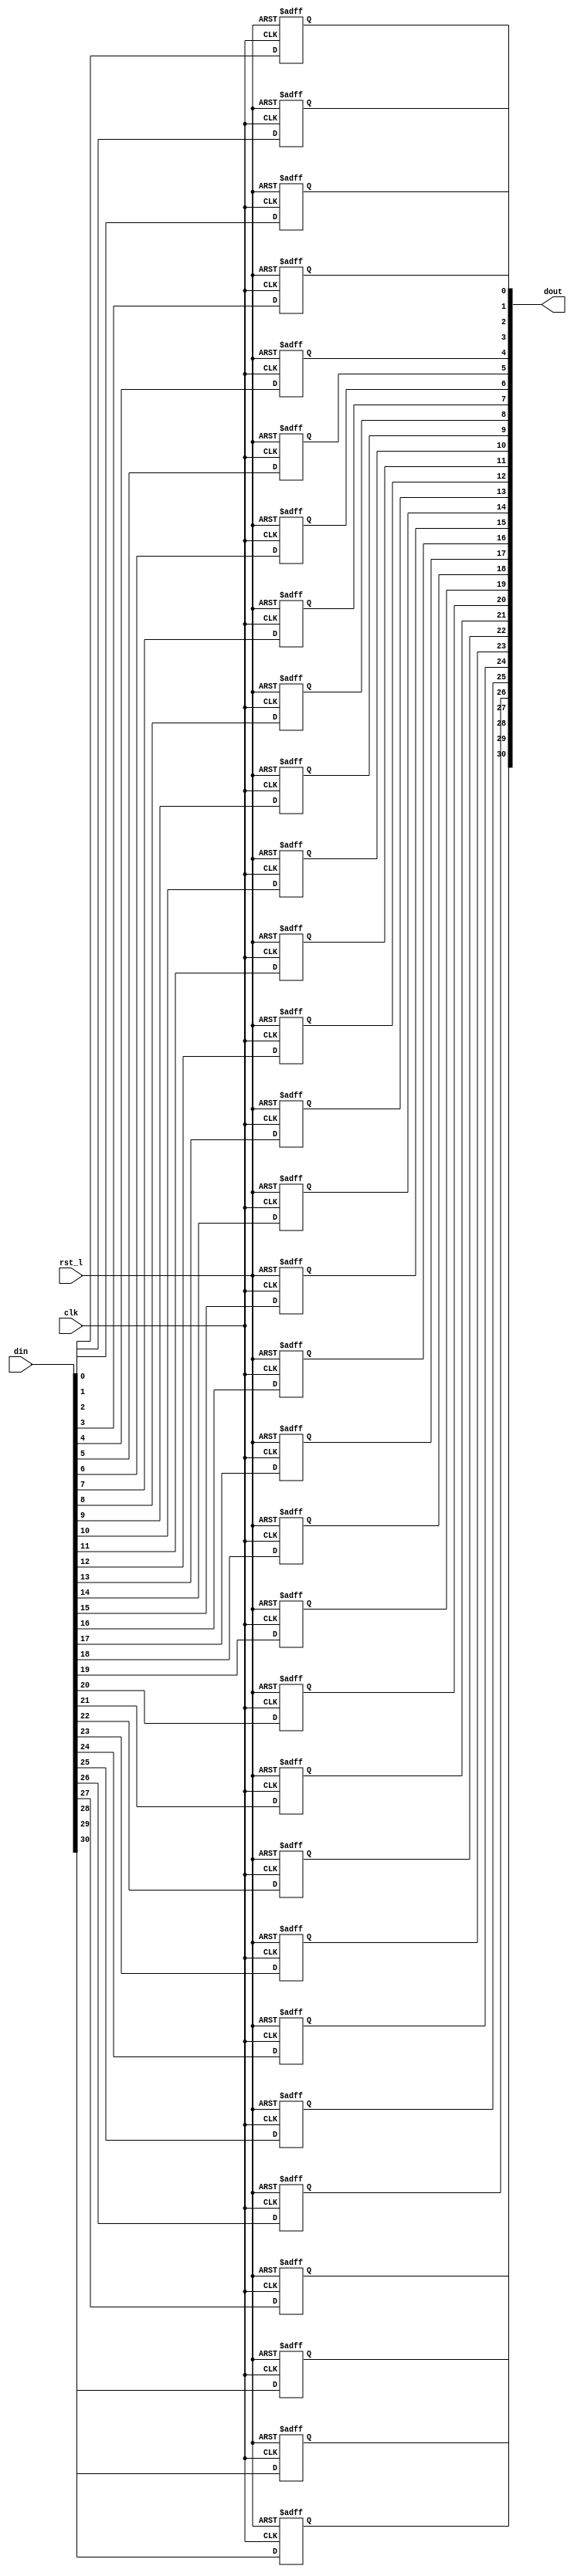
module rvdff_WIDTH31
(
  din,
  clk,
  rst_l,
  dout
);

  input [30:0] din;
  output [30:0] dout;
  input clk;
  input rst_l;
  wire N0;
  reg [30:0] dout;

  always @(posedge clk or posedge N0) begin
    if(N0) begin
      dout[30] <= 1'b0;
    end else if(1'b1) begin
      dout[30] <= din[30];
    end
  end


  always @(posedge clk or posedge N0) begin
    if(N0) begin
      dout[29] <= 1'b0;
    end else if(1'b1) begin
      dout[29] <= din[29];
    end
  end


  always @(posedge clk or posedge N0) begin
    if(N0) begin
      dout[28] <= 1'b0;
    end else if(1'b1) begin
      dout[28] <= din[28];
    end
  end


  always @(posedge clk or posedge N0) begin
    if(N0) begin
      dout[27] <= 1'b0;
    end else if(1'b1) begin
      dout[27] <= din[27];
    end
  end


  always @(posedge clk or posedge N0) begin
    if(N0) begin
      dout[26] <= 1'b0;
    end else if(1'b1) begin
      dout[26] <= din[26];
    end
  end


  always @(posedge clk or posedge N0) begin
    if(N0) begin
      dout[25] <= 1'b0;
    end else if(1'b1) begin
      dout[25] <= din[25];
    end
  end


  always @(posedge clk or posedge N0) begin
    if(N0) begin
      dout[24] <= 1'b0;
    end else if(1'b1) begin
      dout[24] <= din[24];
    end
  end


  always @(posedge clk or posedge N0) begin
    if(N0) begin
      dout[23] <= 1'b0;
    end else if(1'b1) begin
      dout[23] <= din[23];
    end
  end


  always @(posedge clk or posedge N0) begin
    if(N0) begin
      dout[22] <= 1'b0;
    end else if(1'b1) begin
      dout[22] <= din[22];
    end
  end


  always @(posedge clk or posedge N0) begin
    if(N0) begin
      dout[21] <= 1'b0;
    end else if(1'b1) begin
      dout[21] <= din[21];
    end
  end


  always @(posedge clk or posedge N0) begin
    if(N0) begin
      dout[20] <= 1'b0;
    end else if(1'b1) begin
      dout[20] <= din[20];
    end
  end


  always @(posedge clk or posedge N0) begin
    if(N0) begin
      dout[19] <= 1'b0;
    end else if(1'b1) begin
      dout[19] <= din[19];
    end
  end


  always @(posedge clk or posedge N0) begin
    if(N0) begin
      dout[18] <= 1'b0;
    end else if(1'b1) begin
      dout[18] <= din[18];
    end
  end


  always @(posedge clk or posedge N0) begin
    if(N0) begin
      dout[17] <= 1'b0;
    end else if(1'b1) begin
      dout[17] <= din[17];
    end
  end


  always @(posedge clk or posedge N0) begin
    if(N0) begin
      dout[16] <= 1'b0;
    end else if(1'b1) begin
      dout[16] <= din[16];
    end
  end


  always @(posedge clk or posedge N0) begin
    if(N0) begin
      dout[15] <= 1'b0;
    end else if(1'b1) begin
      dout[15] <= din[15];
    end
  end


  always @(posedge clk or posedge N0) begin
    if(N0) begin
      dout[14] <= 1'b0;
    end else if(1'b1) begin
      dout[14] <= din[14];
    end
  end


  always @(posedge clk or posedge N0) begin
    if(N0) begin
      dout[13] <= 1'b0;
    end else if(1'b1) begin
      dout[13] <= din[13];
    end
  end


  always @(posedge clk or posedge N0) begin
    if(N0) begin
      dout[12] <= 1'b0;
    end else if(1'b1) begin
      dout[12] <= din[12];
    end
  end


  always @(posedge clk or posedge N0) begin
    if(N0) begin
      dout[11] <= 1'b0;
    end else if(1'b1) begin
      dout[11] <= din[11];
    end
  end


  always @(posedge clk or posedge N0) begin
    if(N0) begin
      dout[10] <= 1'b0;
    end else if(1'b1) begin
      dout[10] <= din[10];
    end
  end


  always @(posedge clk or posedge N0) begin
    if(N0) begin
      dout[9] <= 1'b0;
    end else if(1'b1) begin
      dout[9] <= din[9];
    end
  end


  always @(posedge clk or posedge N0) begin
    if(N0) begin
      dout[8] <= 1'b0;
    end else if(1'b1) begin
      dout[8] <= din[8];
    end
  end


  always @(posedge clk or posedge N0) begin
    if(N0) begin
      dout[7] <= 1'b0;
    end else if(1'b1) begin
      dout[7] <= din[7];
    end
  end


  always @(posedge clk or posedge N0) begin
    if(N0) begin
      dout[6] <= 1'b0;
    end else if(1'b1) begin
      dout[6] <= din[6];
    end
  end


  always @(posedge clk or posedge N0) begin
    if(N0) begin
      dout[5] <= 1'b0;
    end else if(1'b1) begin
      dout[5] <= din[5];
    end
  end


  always @(posedge clk or posedge N0) begin
    if(N0) begin
      dout[4] <= 1'b0;
    end else if(1'b1) begin
      dout[4] <= din[4];
    end
  end


  always @(posedge clk or posedge N0) begin
    if(N0) begin
      dout[3] <= 1'b0;
    end else if(1'b1) begin
      dout[3] <= din[3];
    end
  end


  always @(posedge clk or posedge N0) begin
    if(N0) begin
      dout[2] <= 1'b0;
    end else if(1'b1) begin
      dout[2] <= din[2];
    end
  end


  always @(posedge clk or posedge N0) begin
    if(N0) begin
      dout[1] <= 1'b0;
    end else if(1'b1) begin
      dout[1] <= din[1];
    end
  end


  always @(posedge clk or posedge N0) begin
    if(N0) begin
      dout[0] <= 1'b0;
    end else if(1'b1) begin
      dout[0] <= din[0];
    end
  end

  assign N0 = ~rst_l;

endmodule